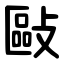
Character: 敺